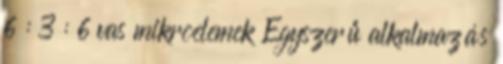
6 : 3 : 6 vas mikroelemek Egyszerű alkalmazás